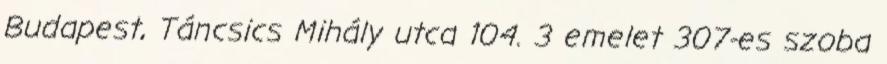
Budapest, Táncsics Mihály utca 104. 3 emelet 307-es szoba